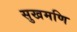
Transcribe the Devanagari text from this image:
सुखमणि